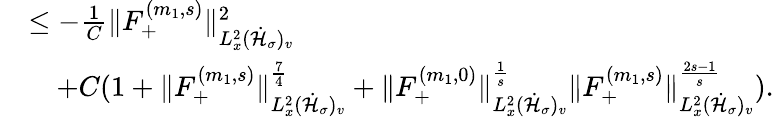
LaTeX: \begin{array}{rl}&{\leq-\frac{1}{C}\| F_{+}^{(m_{1},s)}\| _{L_{x}^{2}(\dot{\mathcal H}_{\sigma})_{v}}^{2}}\\ &{\quad+C(1+\| F_{+}^{(m_{1},s)}\| _{L_{x}^{2}(\dot{\mathcal H}_{\sigma})_{v}}^{\frac{7}{4}}+\| F_{+}^{(m_{1},0)}\| _{L_{x}^{2}(\dot{\mathcal H}_{\sigma})_{v}}^{\frac{1}{s}}\| F_{+}^{(m_{1},s)}\| _{L_{x}^{2}(\dot{\mathcal H}_{\sigma})_{v}}^{\frac{2s-1}{s}}).}\end{array}